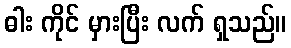
ဓါး ကိုင် မှားပြီး လက် ရှသည်။